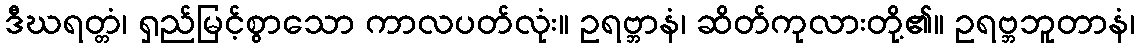
ဒီဃရတ္တံ၊ ရှည်မြင့်စွာသော ကာလပတ်လုံး။ ဥရဗ္ဘာနံ၊ ဆိတ်ကုလားတို့၏။ ဥရဗ္ဘဘူတာနံ၊